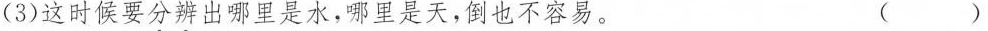
(3)这时候要分辨出哪里是水，哪里是天，倒也不容易。（ ）